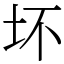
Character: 坏